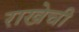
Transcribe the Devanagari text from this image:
राखेची